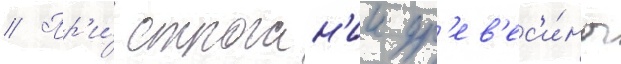
// Пр'и́ строган'ии др'ев'ес'и́ны